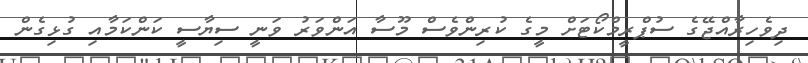
ދިވެހިރާއްޖޭގެ ސުޕްރީމްކޯޓަށް މީގެ ކުރިންވެސް މޫސާ އަންވަރު ވަނީ ސިޔާސީ ކަންކަމާއި ގުޅިގެން